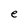
Character: e